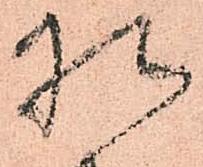
様